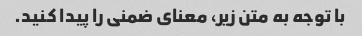
با توجه به متن زیر، معنای ضمنی را پیدا کنید.